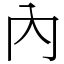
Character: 內